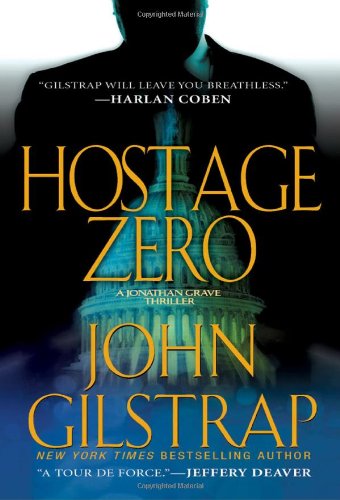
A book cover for Hostage Zero (A Jonathan Grave Thriller); John Gilstrap; Mystery, Thriller & Suspense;